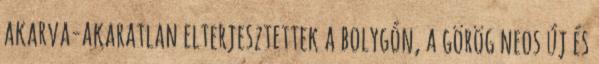
akarva-akaratlan elterjesztettek a bolygón, a görög neos új és